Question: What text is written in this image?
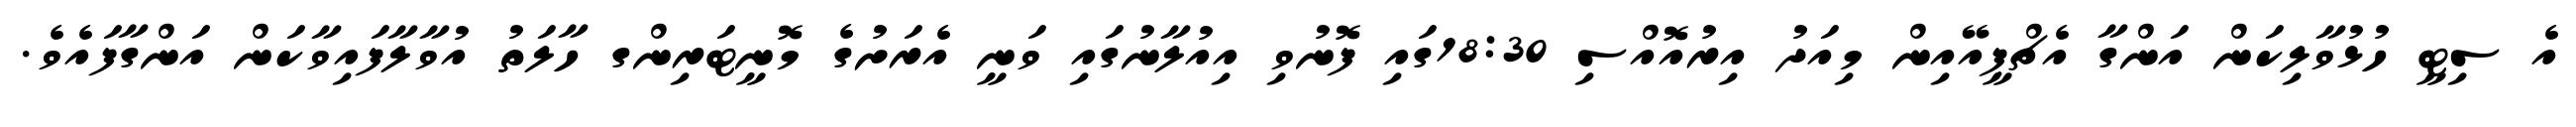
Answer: އެ ސިޓީ ހުޅުވާލިކަން އަންގާ އެޗްޕީއޭއިން މިއަދު އިރުއޮއްސި 18:30ގައި ފޮނުވި އިއުލާނުގައި ވަނީ އެރަށުގެ މޮނީޓަރިންގ ހާލަތު އުވާލާފައިވާކަން އަންގާފައެވެ.